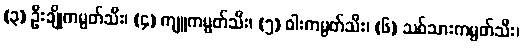
(၃) ဦးချိုကမ္ပတ်သီး၊ (၄) ကျူကမ္ပတ်သီး၊ (၅) ဝါးကမ္ပတ်သီး၊ (၆) သစ်သားကမ္ပတ်သီး၊